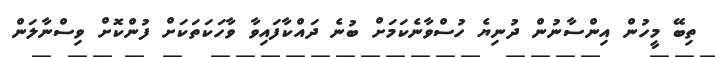
ތިބޭ މީހުން އިންސާނުން ދުނިޔެ ހުސްވާނެކަމަށް ބުނެ ދައްކާފައިވާ ވާހަކަތަކަށް ފުންކޮށް ވިސްނާލަން